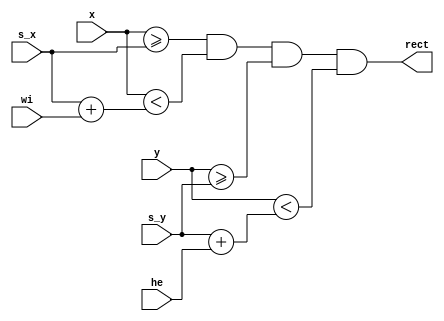
module rectangle(
    input wire [31:0] s_x,
    input wire [31:0] s_y,
    input wire [31:0] wi,
    input wire [31:0] he,
    input wire [31:0] x,
    input wire [31:0] y,
    output wire rect
    );
    assign rect =
        x >= s_x &
        x < s_x + wi &
        y >= s_y &
        y < s_y + he;
endmodule

module ssd_vga(
	 input wire CLK,
    input wire [31:0] s_x,     // top left position (x)
    input wire [31:0] s_y,     // top left position (y)
    input wire [3:0] number,   // number to show
    input wire [31:0] x,       // current x
    input wire [31:0] y,       // current y
    output wire digit          // output
    );
    
    reg [6:0] lines;
    
    always @ (posedge CLK)
	 begin
        case (number)
        4'd0: lines = 7'b0111111;
        4'd1: lines = 7'b0000110;
        4'd2: lines = 7'b1011011;
        4'd3: lines = 7'b1001111;
        4'd4: lines = 7'b1100110;
        4'd5: lines = 7'b1101101;
        4'd6: lines = 7'b1111101;
        4'd7: lines = 7'b0000111;
        4'd8: lines = 7'b1111111;
        4'd9: lines = 7'b1101111;
        endcase
    end
    
    wire [6:0] rectangle_vs;
    
    rectangle rectangle0(
        s_x + 10, s_y,
        30, 10, x, y, rectangle_vs[0]);
    
    rectangle rectangle6(
        s_x + 10, s_y + 40,
        30, 10, x, y, rectangle_vs[6]);
    
    rectangle rectangle3(
        s_x + 10, s_y + 80,
        30, 10, x, y, rectangle_vs[3]);
    
    rectangle rectangle5(
        s_x, s_y + 10,
        10, 30, x, y, rectangle_vs[5]);
    
    rectangle rectangle1(
        s_x + 40, s_y + 10,
        10, 30, x, y, rectangle_vs[1]);
    
    rectangle rectangle4(
        s_x, s_y + 50,
        10, 30, x, y, rectangle_vs[4]);
    
    rectangle rectangle2(
        s_x + 40, s_y + 50,
        10, 30, x, y, rectangle_vs[2]);
		  
	     assign digit = lines[0] & rectangle_vs[0] |
		  lines[1] & rectangle_vs[1] | lines[2] & rectangle_vs[2] | lines[3] & rectangle_vs[3] | 
		  lines[4] & rectangle_vs[4] | lines[5] & rectangle_vs[5] | lines[6] & rectangle_vs[6];	 
endmodule